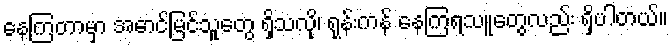
နေကြတာမှာ အောင်မြင်သူတွေ ရှိသလို၊ ရုန်းကန် နေကြရသူတွေလည်း ရှိပါတယ်။